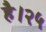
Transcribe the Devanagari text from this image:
है।२५